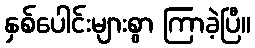
နှစ်ပေါင်းများစွာ ကြာခဲ့ပြီ။